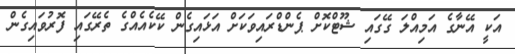
އަކީ އޭނާގެ އަމިއްލަ ގޭގައި ޝޫޓްކޮށް ޕެންޑްރައިވަކަށް އަޅައިގެން ކޭކެއެއްގެ ތެރޭގައި ފޮރުވައިގެން